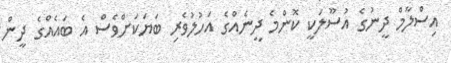
އިސްލާމް ދީނުގެ އުސޫލަކީ ކޮންމެ ދީނެއްގެ އަހުލުވެރި ބަޔަކަށްވެސް އެ ބައެއްގެ ދީން